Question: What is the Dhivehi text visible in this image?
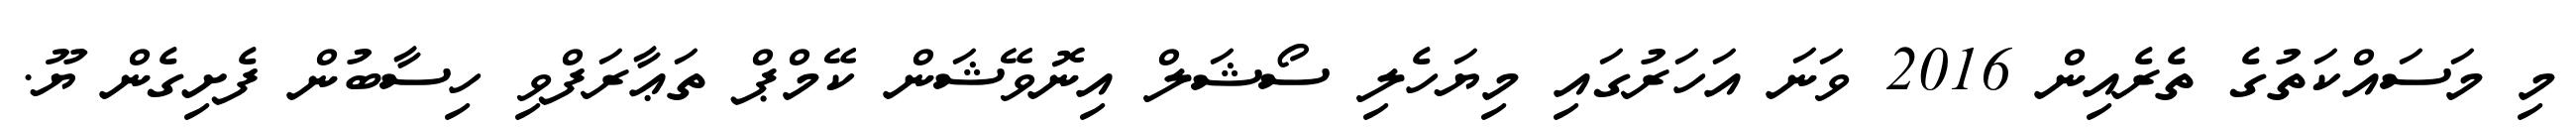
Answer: މި މަސައްކަތުގެ ތެރެއިން 2016 ވަނަ އަހަރުގައި މިޔަހެލި ސޯޝަލް އިނޮވޭޝަން ކޭމްޕް ތަޢާރަފްވި ހިސާބުން ފެށިގެން ޔޫ.